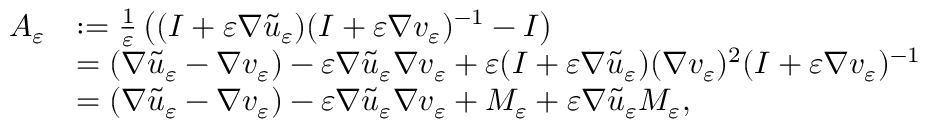
\begin{array} { r l } { A _ { \varepsilon } } & { : = \frac { 1 } { \varepsilon } \left( ( I + \varepsilon \nabla \widetilde { u } _ { \varepsilon } ) ( I + \varepsilon \nabla v _ { \varepsilon } ) ^ { - 1 } - I \right) } \\ & { = ( \nabla \widetilde { u } _ { \varepsilon } - \nabla v _ { \varepsilon } ) - \varepsilon \nabla \widetilde { u } _ { \varepsilon } \nabla v _ { \varepsilon } + \varepsilon ( I + \varepsilon \nabla \widetilde { u } _ { \varepsilon } ) ( \nabla v _ { \varepsilon } ) ^ { 2 } ( I + \varepsilon \nabla v _ { \varepsilon } ) ^ { - 1 } } \\ & { = ( \nabla \widetilde { u } _ { \varepsilon } - \nabla v _ { \varepsilon } ) - \varepsilon \nabla \widetilde { u } _ { \varepsilon } \nabla v _ { \varepsilon } + M _ { \varepsilon } + \varepsilon \nabla \widetilde { u } _ { \varepsilon } M _ { \varepsilon } , } \end{array}